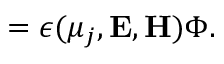
= \epsilon ( \mu _ { j } , { \bf E , H } ) \Phi .